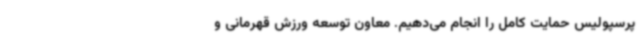
پرسپولیس حمایت کامل را انجام می‌دهیم. معاون توسعه ورزش قهرمانی و